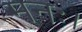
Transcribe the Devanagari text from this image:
मनः।